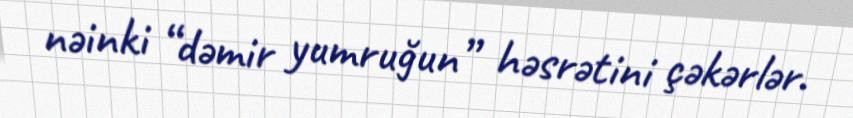
nəinki “dəmir yumruğun” həsrətini çəkərlər.